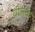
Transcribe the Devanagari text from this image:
ग्रीसके